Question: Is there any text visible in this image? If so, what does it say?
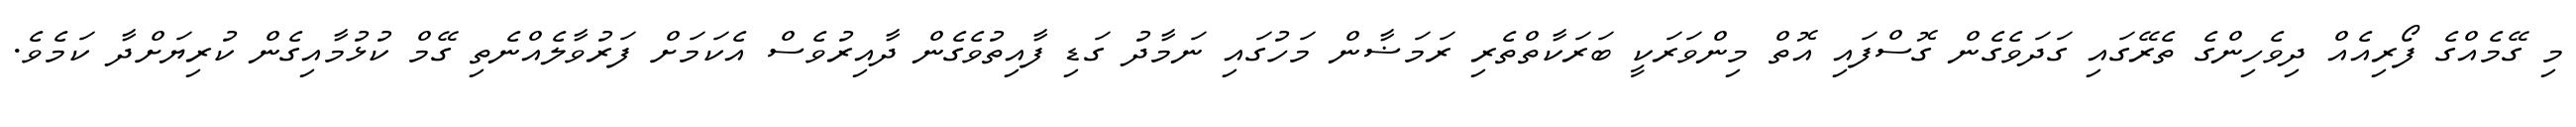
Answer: މި ގޭމެއްގެ ފޯރިއެއް ދިވެހިންގެ ތެރޭގައި ގަދަވެގެން ގޮސްފައި އޮތް މިންވަރަކީ ބަރަކާތްތެރި ރަމަޟާން މަހުގައި ނަމާދު ގަޑި ފާއިތުވެގެން ދާއިރުވެސް އެކަމަށް ފަރުވާލެއްނެތި ގޭމް ކުޅުމާއިގެން ކުރިޔަށްދާ ކަމެވެ.